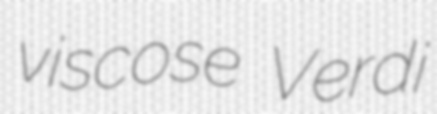
viscose Verdi